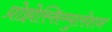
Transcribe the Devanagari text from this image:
प्रोझेस्सिम्युलेशन